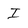
Character: I